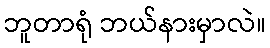
ဘူတာရုံ ဘယ်နားမှာလဲ။